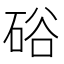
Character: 硲